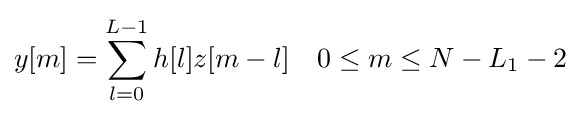
y[m]=\sum _{l=0}^{L-1}h[l]z[m-l]\quad 0\leq m\leq N-L_{1}-2